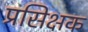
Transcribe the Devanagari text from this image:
प्रसिक्षक